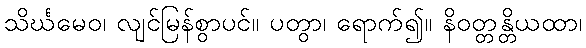
သိင်္ဃမေဝ၊ လျင်မြန်စွာပင်။ ပတွာ၊ ရောက်၍။ နိဝတ္တန္တိယထာ၊